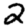
Digit: 2